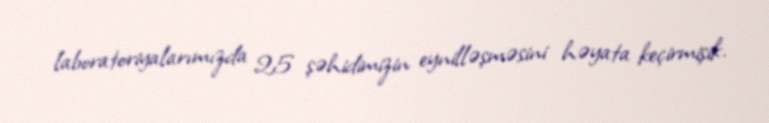
laboratoriyalarımızda 25 şəhidimizin eynilləşməsini həyata keçirmişik.